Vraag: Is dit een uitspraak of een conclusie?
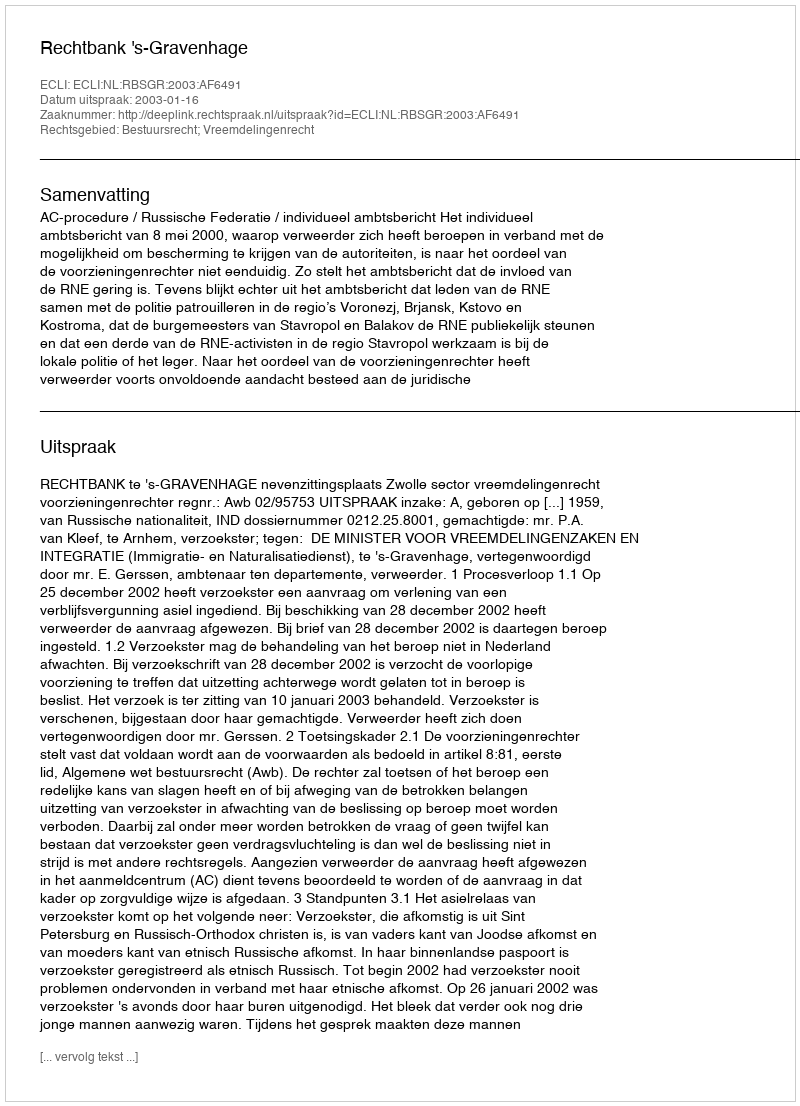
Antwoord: Uitspraak